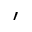
\prime